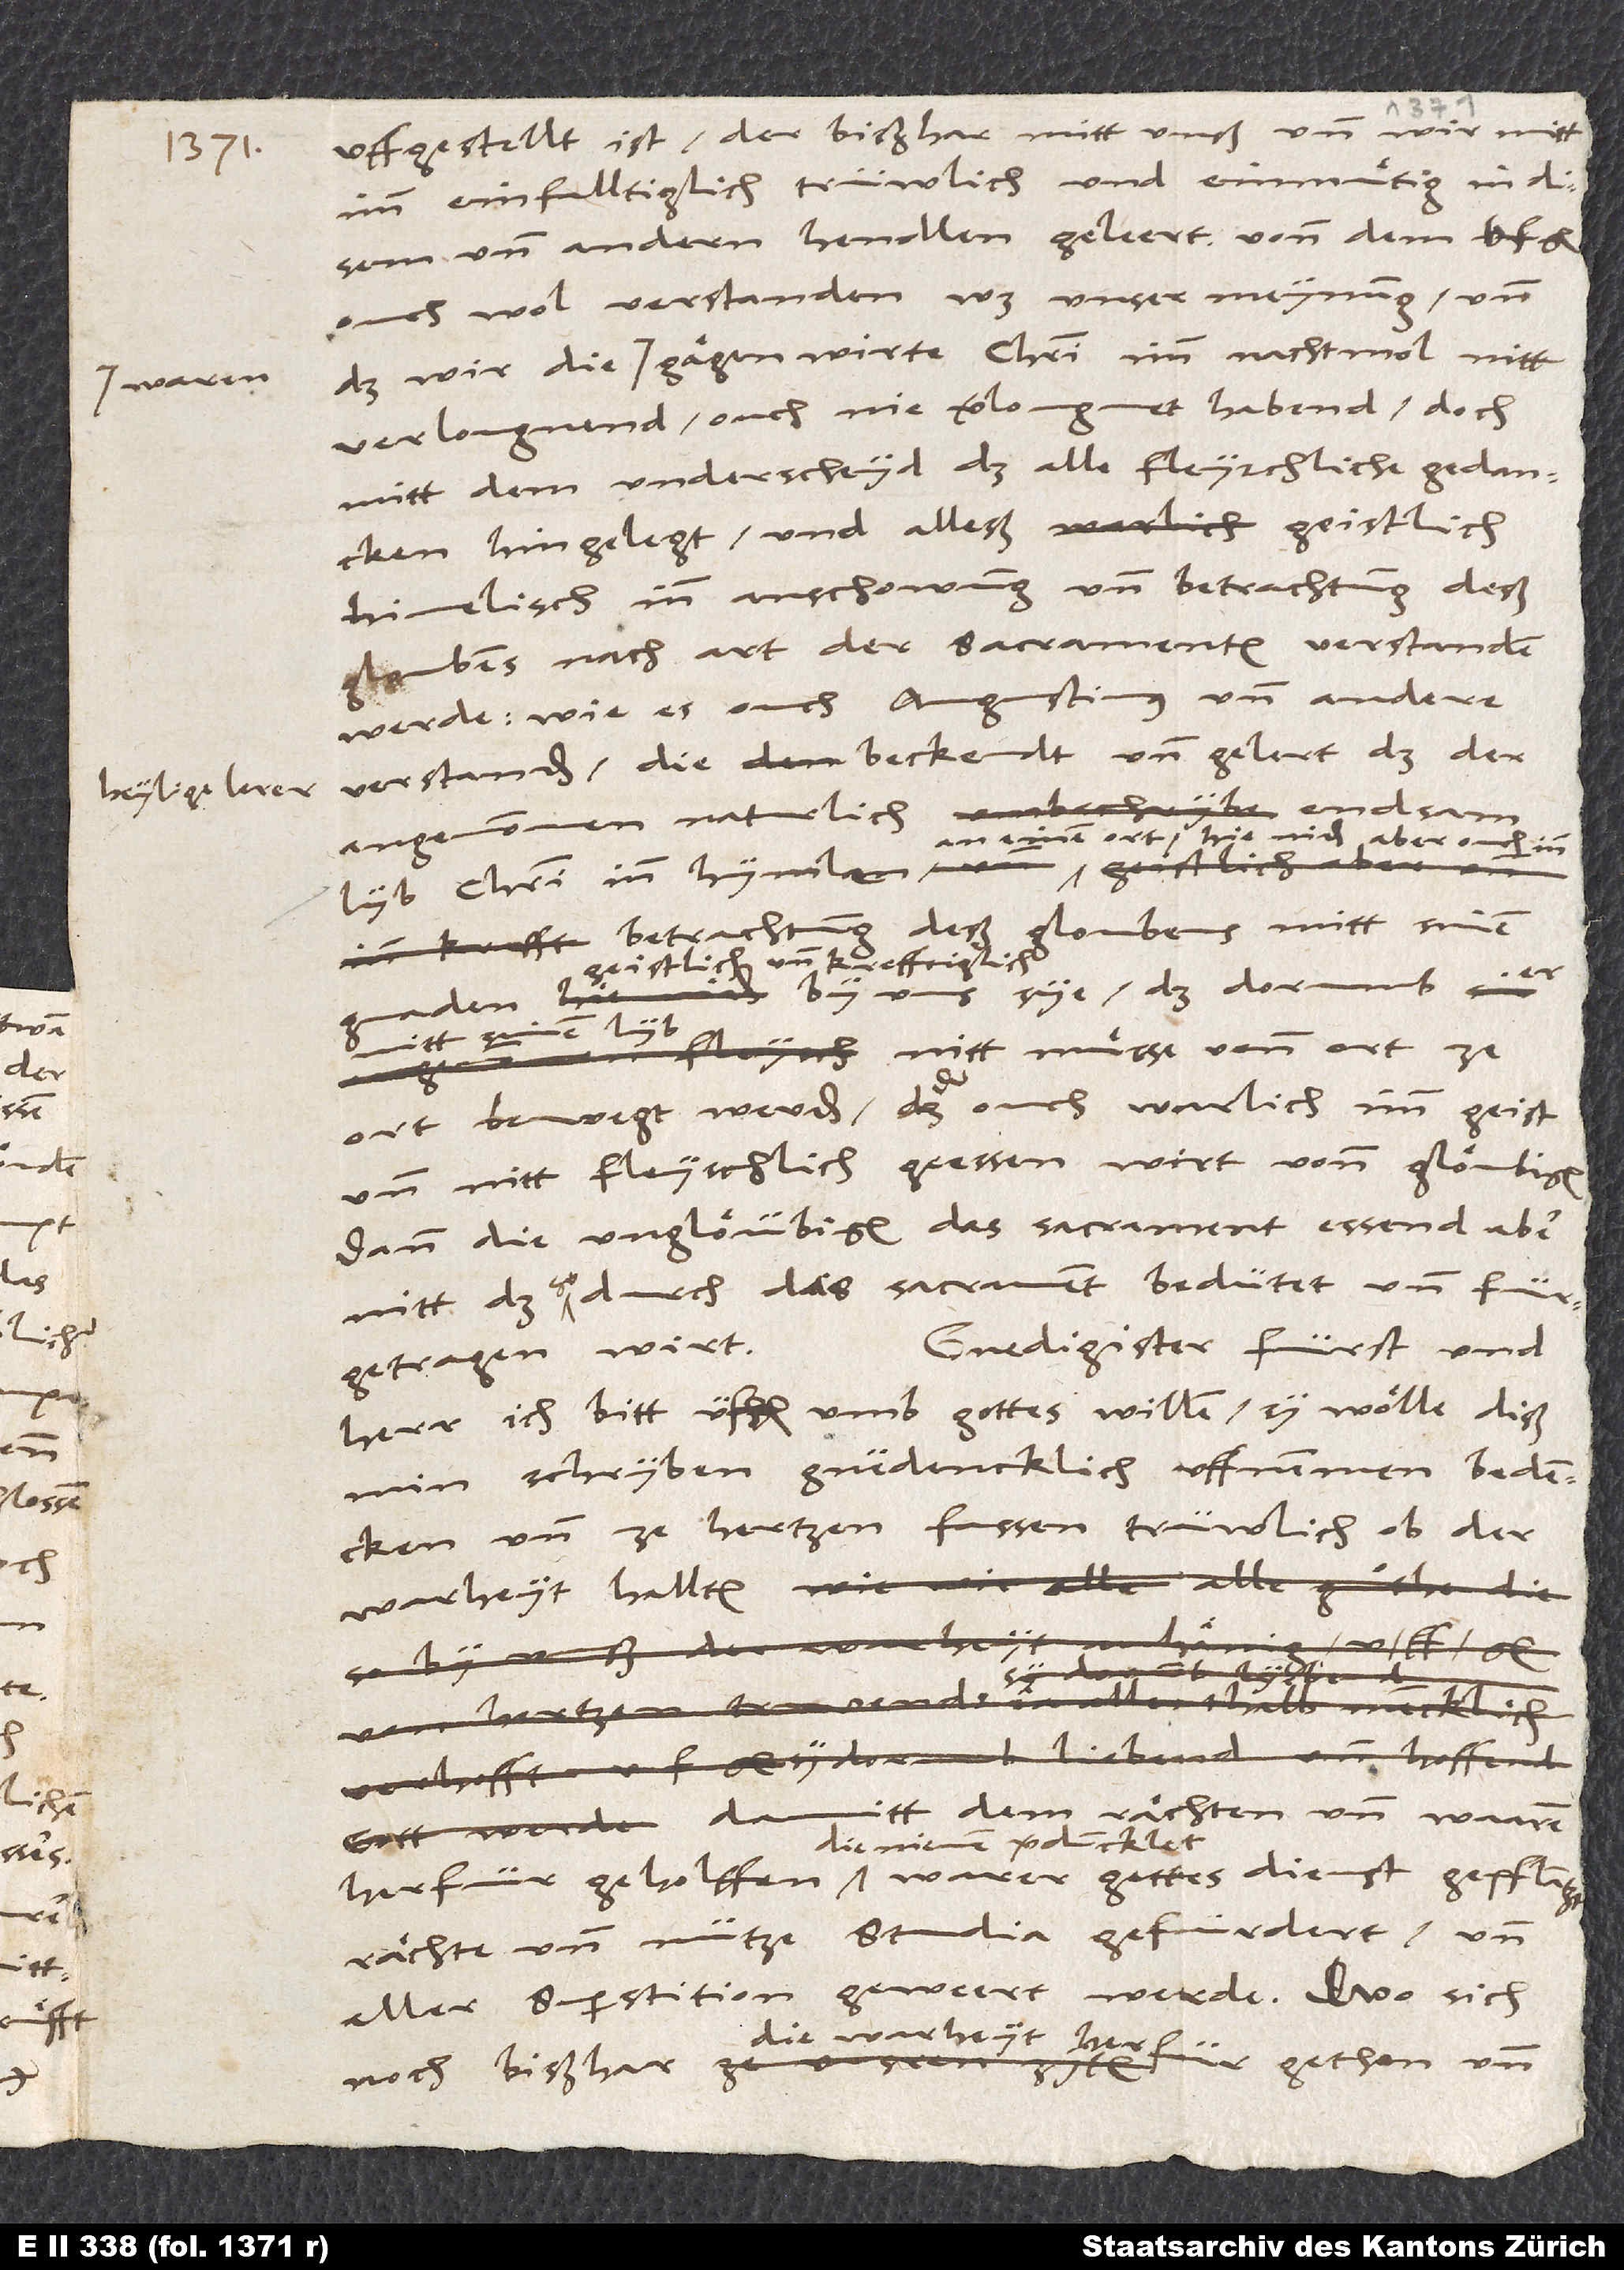
1534.
heylige lerer

verlougnend, ouch nie verlougnet habend, doch
mitt dem underscheyd, daß alle fleyschliche gedancken
hingelegt und alleß geistlich,
himelisch, inn anschowung und betrachtung deß
gloubens nach art der sacramenten verstanden
werde, wie es ouch Augustinus und andere
verstanden, die bekendt und gelert, das der
angenommen, naturlich, endsam
an einem ort, hieniden aber ouch inn
lyb Christi inn hymlen
betrachtung deß gloubens mitt sinen
geistlich und krefftiglich
by uns sye, daß dorumb er
mitt sinem lyb nitt muͤsse vonn ort ze
ort bewegt werden, der ouch warlich imm geist
und nitt fleyschlich geessen wirt vonn glöubigen,
dann die unglöübigen das sacrament essend, aber
nitt das, so durch das sacrament bedütet und
Gnedigster fürst und
fürgetragen wirt.
herr, ich bitt u.f.g. umb gottes willen, sy wölle diß
min schryben gnedencklich uffnemmen, bedencken
und ze hertzen fassen, trüwlich ob der
warheyt hallten,
damitt dem rächten und waaren
die nienen verduncklet,
rächte und nütze studia gefürdert und
aller superstition geweert werde. Wo sich
die warheyt herfür gethon un
noch bißhar